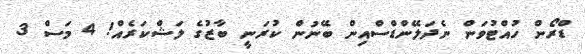
ޑްރޯން ހުއްޓުވަން ނެދަލޭންޑްސްއިން ބޭނުން ކުރަނީ ބާޒުގެ ލަޝްކަރެއް! 4 މަސް 3